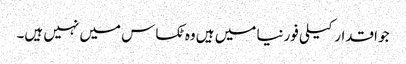
جو اقدار کیلی فورنیا میں ہیں وه ٹکساس میں نہیں ہیں۔